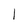
Character: l